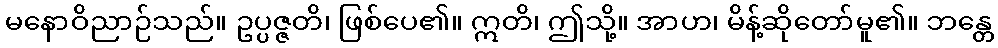
မနောဝိညာဉ်သည်။ ဥပ္ပဇ္ဇတိ၊ ဖြစ်ပေ၏။ ဣတိ၊ ဤသို့။ အာဟ၊ မိန့်ဆိုတော်မူ၏။ ဘန္တေ